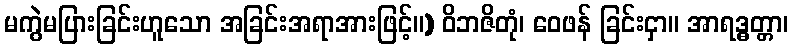
မကွဲမပြားခြင်းဟူသော အခြင်းအရာအားဖြင့်။) ဝိဘဇိတုံ၊ ဝေဖန် ခြင်းငှာ။ အာရဒ္ဓတ္တာ၊